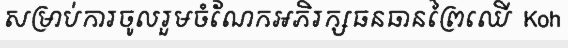
សម្រាប់ការចូលរួមចំណែកអភិរក្សធនធានព្រៃឈើ  Koh